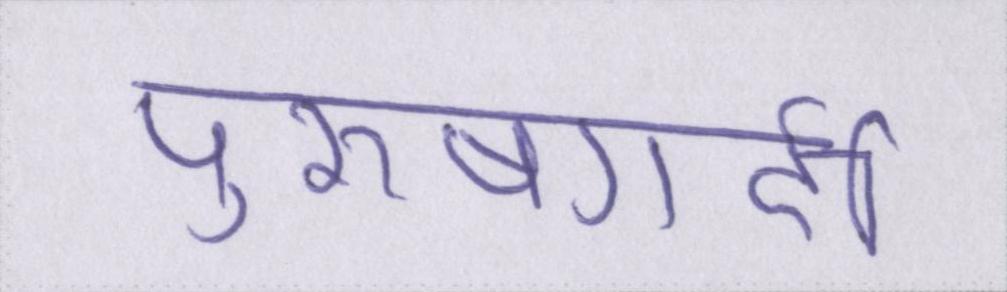
पुरूषगर्दी